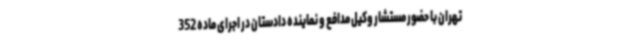
تهران با حضور مستشار وکیل مدافع و نماینده دادستان در اجرای ماده 352